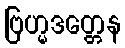
ဗြဟ္မဒတ္တေန